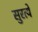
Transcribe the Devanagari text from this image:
सुरत्ये